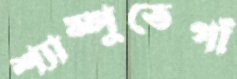
শ্যাম্পুতেগাঁ